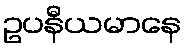
ဥပနီယမာနေ